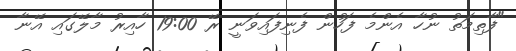
"ފާތިމަތު ނުހާ އެންމެ ފަހުން ފެނިފައިވަނީ ރޭ 19:00 ހާއިރު މާލޭގައި އޭނާ